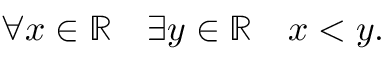
\forall x \in \mathbb { R } \quad \exists y \in \mathbb { R } \quad x < y .